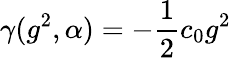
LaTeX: \gamma(g^{2},\alpha)=-\frac{1}{2}c_{0}g^{2}